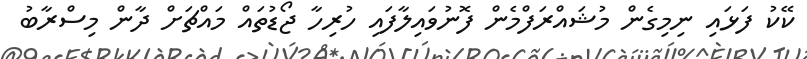
ކޭކު ފަޅައި ނިމިގެން މުޝައްރަފްމެން ފޮނުވައިލާފައި ހުރިހާ ޖޯޑުތައް މައްޗަށް ދާން މިސްރާބު